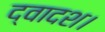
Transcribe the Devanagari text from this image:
द्वादश।